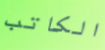
الكاتب